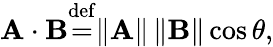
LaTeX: \mathbf{A}\cdot\mathbf{B}{\stackrel{\mathrm{def}}{=}}\| \mathbf{A}\| \, \| \mathbf{B}\| \cos\theta,